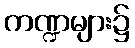
ကဏ္ဍများ၌